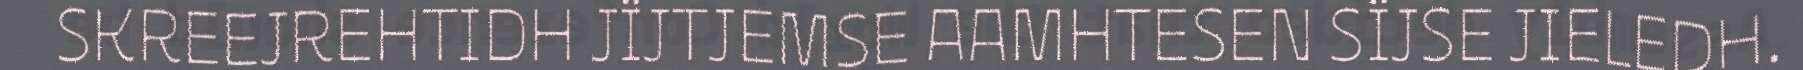
SKREEJREHTIDH JÏJTJEMSE AAMHTESEN SÏJSE JIELEDH.